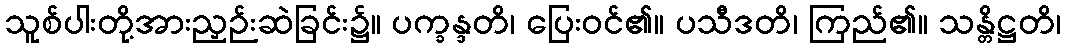
သူစ်ပါးတို့အားညှဉ်းဆဲခြင်း၌။ ပက္ခန္ဒတိ၊ ပြေးဝင်၏။ ပသီဒတိ၊ ကြည်၏။ သန္တိဋ္ဌတိ၊